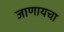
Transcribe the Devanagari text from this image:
जाणायचा